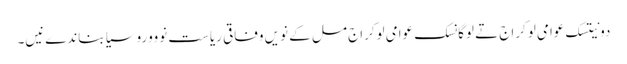
دونیتسک عوامی لوکراج تے لوگانسک عوامی لوکراج مل کے نویں وفاقی ریاست نوووروسیا بناندےنیں۔